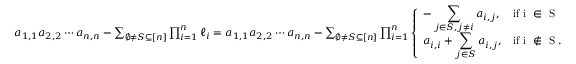
\begin{array} { r } { a _ { 1 , 1 } a _ { 2 , 2 } \cdots a _ { n , n } - \sum _ { \emptyset \neq S \subseteq [ n ] } \prod _ { i = 1 } ^ { n } \ell _ { i } = a _ { 1 , 1 } a _ { 2 , 2 } \cdots a _ { n , n } - \sum _ { \emptyset \neq S \subseteq [ n ] } \prod _ { i = 1 } ^ { n } \left\{ \begin{array} { l l } { \displaystyle - \sum _ { j \in S , j \neq i } a _ { i , j } , } & { \mathrm { i f ~ i ~ \in ~ S ~ } } \\ { \displaystyle a _ { i , i } + \sum _ { j \in S } a _ { i , j } , } & { \mathrm { i f ~ i ~ \notin ~ S ~ } . } \end{array} \right. } \end{array}